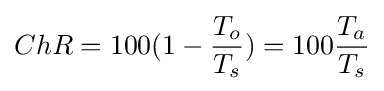
ChR=100(1-{\frac {T_{o}}{T_{s}}})=100{\frac {T_{a}}{T_{s}}}